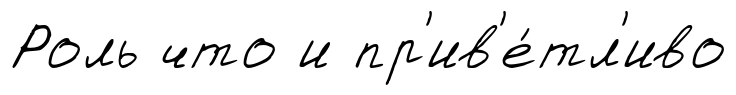
Роль что и пр'ив'е́тл'иво